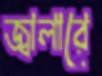
জ্বালারে